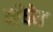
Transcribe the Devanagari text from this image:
यीधेय